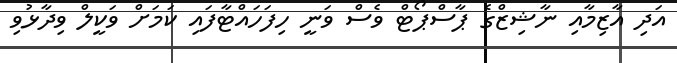
އަދި އާޒިމާއި ނާޝިޒްގެ ޕާސްޕޯޓް ވެސް ވަނީ ހިފަހައްޓާފައި ކަމަށް ވަކީލް ވިދާޅުވި